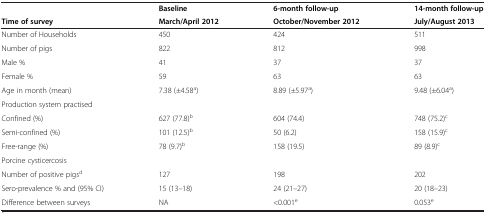
<table><thead><tr><td></td><td><b>Baseline</b></td><td><b>6-month follow-up</b></td><td><b>14-month follow-up</b></td></tr><tr><td><b>Time of survey</b></td><td><b>March/April 2012</b></td><td><b>October/November 2012</b></td><td><b>July/August 2013</b></td></tr></thead><tbody><tr><td>Number of Households</td><td>450</td><td>424</td><td>511</td></tr><tr><td>Number of pigs</td><td>822</td><td>812</td><td>998</td></tr><tr><td>Male %</td><td>41</td><td>37</td><td>37</td></tr><tr><td>Female %</td><td>59</td><td>63</td><td>63</td></tr><tr><td>Age in month (mean)</td><td>7.38 (±4.58<sup>a</sup>)</td><td>8.89 (±5.97<sup>a</sup>)</td><td>9.48 (±6.04<sup>a</sup>)</td></tr><tr><td>Production system practised</td><td></td><td></td><td></td></tr><tr><td>Confined (%)</td><td>627 (77.8)<sup>b</sup></td><td>604 (74.4)</td><td>748 (75.2)<sup>c</sup></td></tr><tr><td>Semi-confined (%)</td><td>101 (12.5)<sup>b</sup></td><td>50 (6.2)</td><td>158 (15.9)<sup>c</sup></td></tr><tr><td>Free-range (%)</td><td>78 (9.7)<sup>b</sup></td><td>158 (19.5)</td><td>89 (8.9)<sup>c</sup></td></tr><tr><td>Porcine cysticercosis</td><td></td><td></td><td></td></tr><tr><td>Number of positive pigs<sup>d</sup></td><td>127</td><td>198</td><td>202</td></tr><tr><td>Sero-prevalence % and (95% CI)</td><td>15 (13–18)</td><td>24 (21–27)</td><td>20 (18–23)</td></tr><tr><td>Difference between surveys</td><td>NA</td><td>&lt;0.001<sup>e</sup></td><td>0.053<sup>e</sup></td></tr></tbody></table>